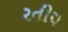
રતીય